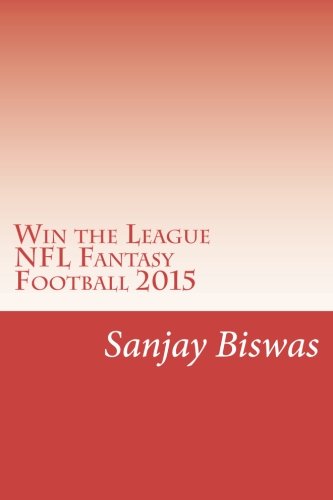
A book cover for Win the League: NFL Fantasy Football 2015; Sanjay Biswas; Humor & Entertainment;